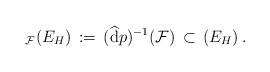
LaTeX: \begin{align*}_{\mathcal F}(E_H)\, :=\, (\widehat{\mathrm{d}}p)^{-1}({\mathcal F})\,\subset\,(E_H)\, .\end{align*}